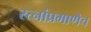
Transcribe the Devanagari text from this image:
रत्‍नांप्रमाणेच